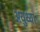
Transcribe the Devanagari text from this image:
अयुथ्या